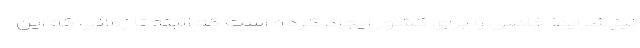
نیز شرایط خاصی را برای کشور ایجاد کرده است که البته تا زمانی که این